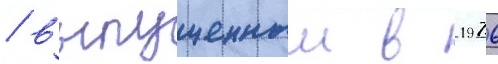
/ выпущенныи в 1976